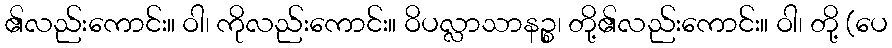
၏လည်းကောင်း။ ဝါ၊ ကိုလည်းကောင်း။ ဝိပလ္လာသာနဉ္စ၊ တို့၏လည်းကောင်း။ ဝါ၊ တို့ (ပေ